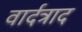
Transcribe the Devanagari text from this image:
वार्दत्राद